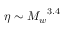
\eta \sim { M _ { w } } ^ { 3 . 4 }